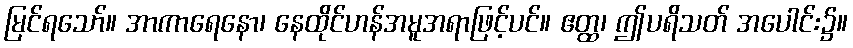
မြင်ရသော်။ အာကာရေနော၊ နေထိုင်ဟန်အမူအရာဖြင့်ပင်။ ဧတ္ထ၊ ဤပရိသတ် အပေါင်း၌။